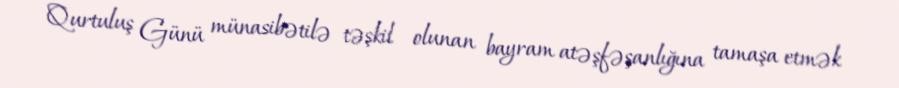
Qurtuluş Günü münasibətilə təşkil olunan bayram atəşfəşanlığına tamaşa etmək